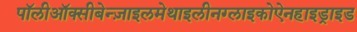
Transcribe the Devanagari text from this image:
पॉलीऑक्सीबेन्ज़ाइलमेथाइलीनग्लाइकोऐनहाइड्राइड